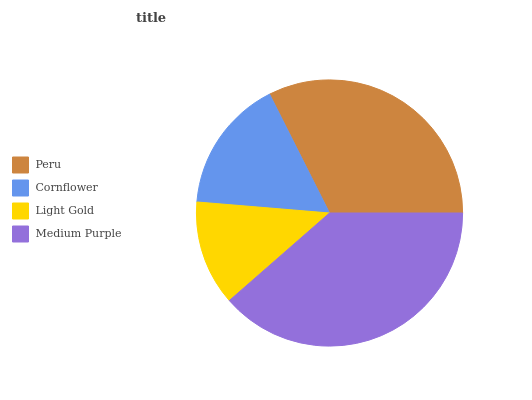
| Peru | Cornflower | Light Gold | Medium Purple |
 | --- | --- | --- | --- |
 | 32.5% | 16.2% | 12.8% | 38.5% |